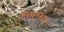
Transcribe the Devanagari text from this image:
९०९१७५